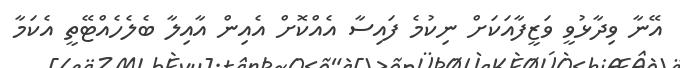
އޭނާ ވިދާޅުވީ ވަޒީފާއަކަށް ނިކުމެ ފައިސާ އެއްކޮށް އެއިން އާއިލާ ބެލެހެއްޓޭތީ އެކަމާ